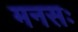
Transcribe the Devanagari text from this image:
मनसः